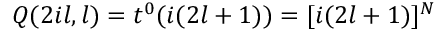
Q ( 2 i l , l ) = t ^ { 0 } ( i ( 2 l + 1 ) ) = [ i ( 2 l + 1 ) ] ^ { N }